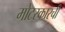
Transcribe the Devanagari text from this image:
मोटरकारची